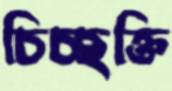
চিচ্ছক্তি